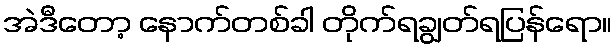
အဲဒီတော့ နောက်တစ်ခါ တိုက်ရချွတ်ရပြန်ရော။